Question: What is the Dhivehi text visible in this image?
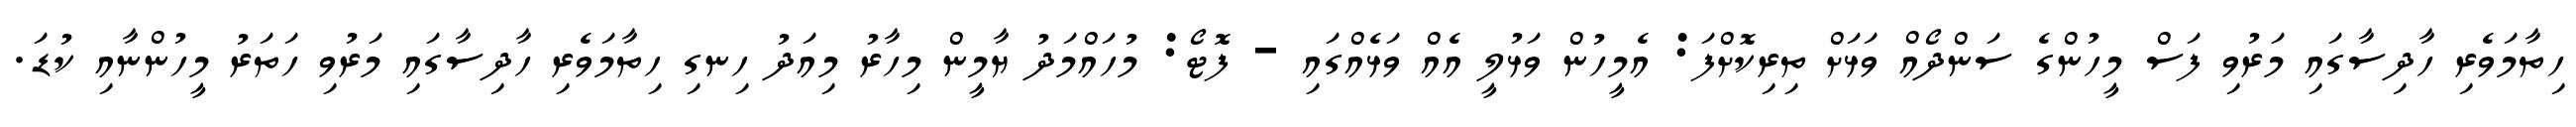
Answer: ހިތާމަވެރި ހާދިސާގައި މަރުވި ފަސް މީހުންގެ ސަންދޯއް ވަޅަށް ތިރިކޮށްފަ: އެމީހުން ވަޅުލީ އެއް ވަޅެއްގައި - ފޮޓޯ: މުހައްމަދު ޔާމީން މިހާރު މިއަދު ހިނގި ހިތާމަވެރި ހާދިސާގައި މަރުވި ހަތަރު މީހުންނާއި ކުޑަ.